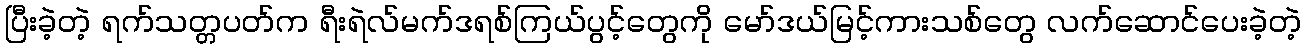
ပြီးခဲ့တဲ့ ရက်သတ္တပတ်က ရီးရဲလ်မက်ဒရစ်ကြယ်ပွင့်တွေကို မော်ဒယ်မြင့်ကားသစ်တွေ လက်ဆောင်ပေးခဲ့တဲ့